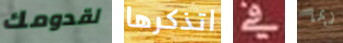
لقدومك اتذكرها في ربما